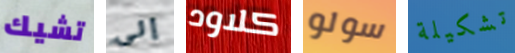
تشيك إلى كلاود سولو تشكيلة